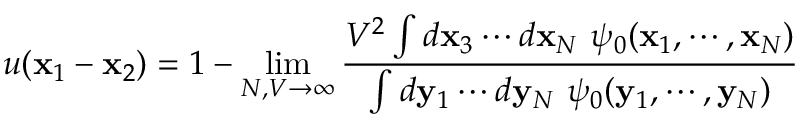
u ( \mathbf x _ { 1 } - \mathbf x _ { 2 } ) = 1 - \operatorname* { l i m } _ { N , V \to \infty } \frac { V ^ { 2 } \int d \mathbf x _ { 3 } \cdots d \mathbf x _ { N } \ \psi _ { 0 } ( \mathbf x _ { 1 } , \cdots , \mathbf x _ { N } ) } { \int d \mathbf y _ { 1 } \cdots d \mathbf y _ { N } \ \psi _ { 0 } ( \mathbf y _ { 1 } , \cdots , \mathbf y _ { N } ) }